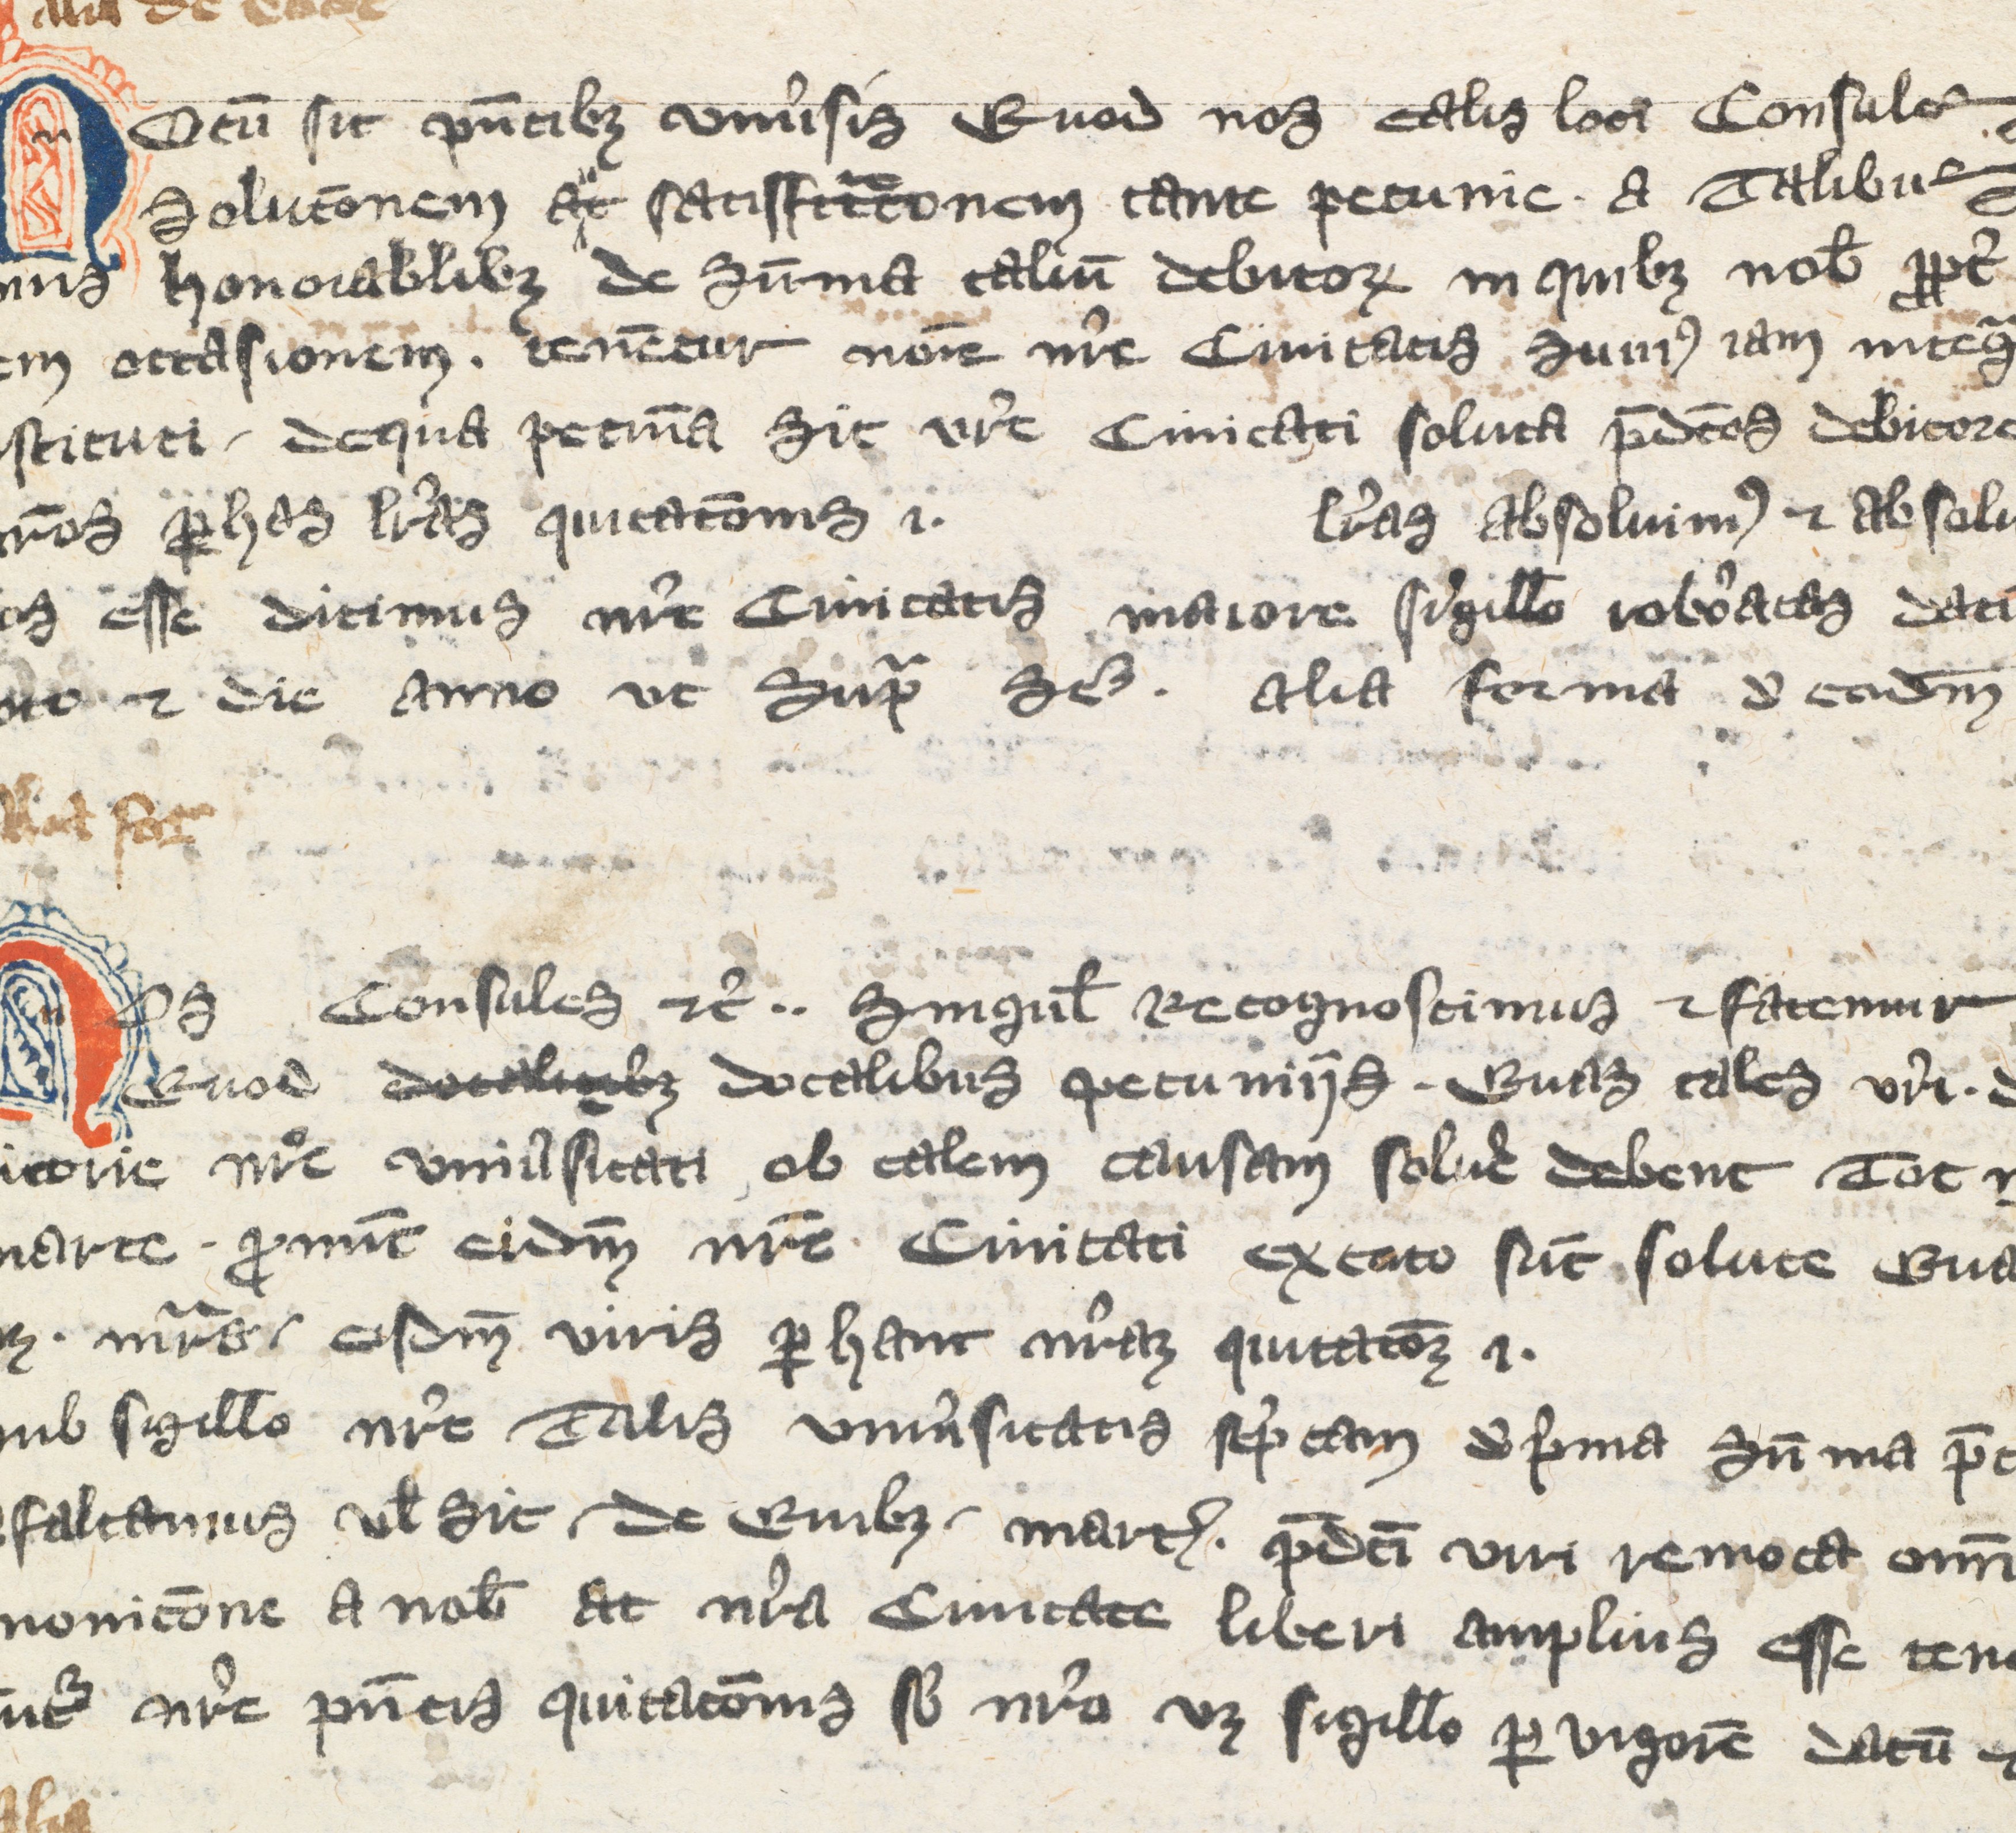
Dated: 1350–1399